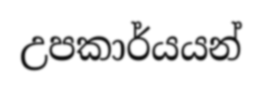
උපකාර්යයන්